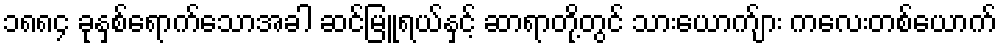
၁၈၈၄ ခုနှစ်ရောက်သောအခါ ဆင်မြူရယ်နှင့် ဆာရာတို့တွင် သားယောက်ျား ကလေးတစ်ယောက်